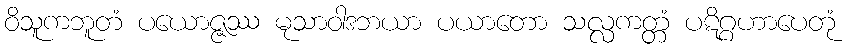
ဝိသူကဘူတံ ပယောဇ္ဇဿ မုသာဝါဒဘယာ ပယာတော သလ္လကတ္တံ ပဋိဂ္ဂဟာပေတုံ